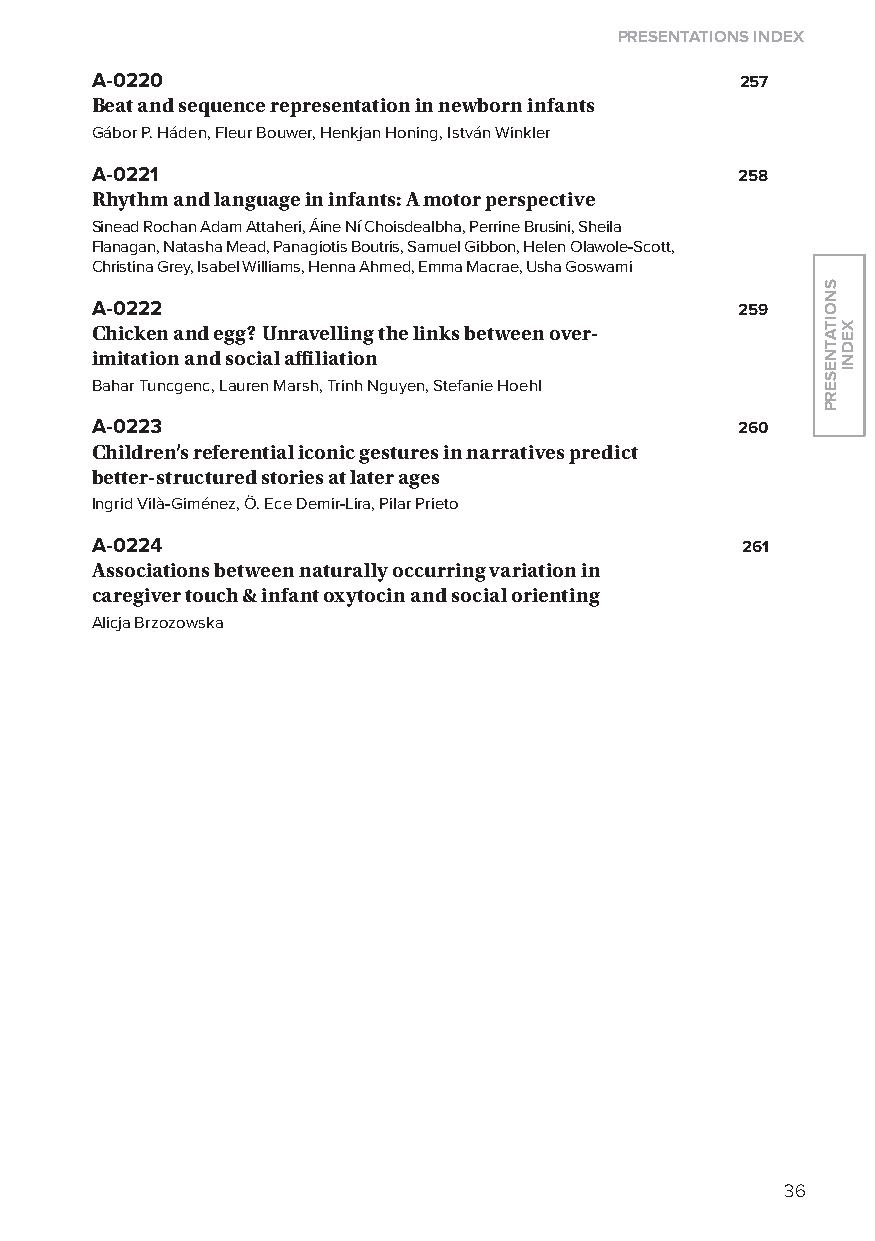
Presentations index
 A-0220                                     257
 Beat and sequence representation in newborn infants
 Gábor P. Háden, Fleur Bouwer, Henkjan Honing, István Winkler
 A-0221                                     258
 rhythm and language in infants: a motor perspective
 Sinead Rochan Adam Attaheri, Áine Ní Choisdealbha, Perrine Brusini, Sheila
 Flanagan, Natasha Mead, Panagiotis Boutris, Samuel Gibbon, Helen olawole-Scott,
 Christina Grey, Isabel Williams, Henna Ahmed, Emma Macrae, Usha Goswami
 A-0222                                     259
 Chicken and egg? unravelling the links between over-
 imitation and social affiliation
 Bahar Tuncgenc, lauren Marsh, Trinh Nguyen, Stefanie Hoehl
 A-0223                                     260
 Children’s referential iconic gestures in narratives predict
 better-structured stories at later ages
 Ingrid Vilà-Giménez, Ö. Ece Demir-lira, Pilar Prieto
 A-0224                                     261
 associations between naturally occurring variation in
 caregiver touch & infant oxytocin and social orienting
 Alicja Brzozowska
 36
 snoitatneserP
 xedni